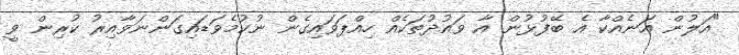
"އަލުން އަނެއްކާ އެ ބޭފުޅުން އާ ވައުދުތަކެއް ހިއްޕަވައިގެން ނުކުމެވަޑައިގަންނަވާއިރު ކުރިން ވީ